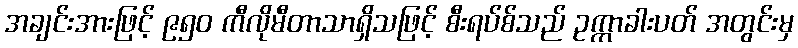
အချင်းအားဖြင့် ၉၅၀ ကီလိုမီတာသာရှိသဖြင့် စီးရပ်စ်သည် ဥက္ကာခါးပတ် အတွင်းမှ